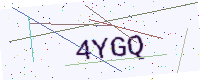
Text: 4YGQ